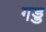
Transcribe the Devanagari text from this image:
गड्ड